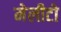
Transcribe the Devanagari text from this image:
मेलीटो